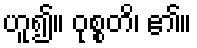
ဟူ၍။ ဝုစ္စတိ၊ ၏။